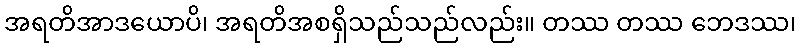
အရတိအာဒယောပိ၊ အရတိအစရှိသည်သည်လည်း။ တဿ တဿ ဘေဒဿ၊